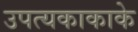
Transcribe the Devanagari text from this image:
उपत्यकाकाके